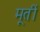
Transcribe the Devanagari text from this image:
मूतीं